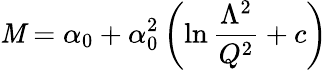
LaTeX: {\cal\mathit{M}}=\alpha_{0}+\alpha_{0}^{2}\left(\ln{\frac{{\Lambda^{2}}}{{Q^{2}}}}+c\right)